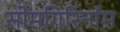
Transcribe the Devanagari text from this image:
सोमगिरिर्नाम